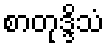
စာတုဒ္ဒိသံ